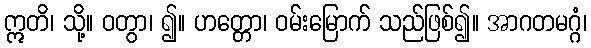
ဣတိ၊ သို့။ ဝတွာ၊ ၍။ ဟတ္တော၊ ဝမ်းမြောက် သည်ဖြစ်၍။ အာဂတမဂ္ဂံ၊